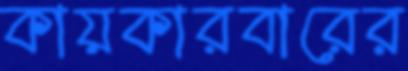
কায়কারবারের